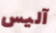
آليس